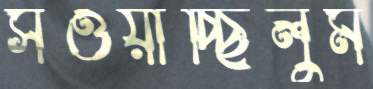
সওয়াচ্ছিলুম